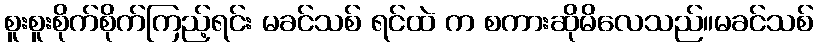
စူးစူးစိုက်စိုက်ကြည့်ရင်း မခင်သစ် ရင်ထဲ က စကားဆိုမိလေသည်။မခင်သစ်